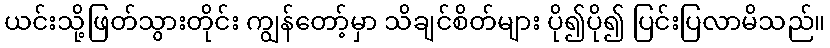
ယင်းသို့ဖြတ်သွားတိုင်း ကျွန်တော့်မှာ သိချင်စိတ်များ ပို၍ပို၍ ပြင်းပြလာမိသည်။